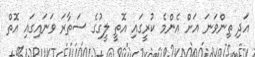
އަދި ތިންވަނަ އަށް އެންމެ ކުރީގައި އޮތީ ލީގުގެ ސަތާރަ ވަނައިގައި އޮތް